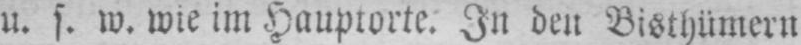
u. s w. wie im Hauptorte. In den Bisthümern